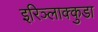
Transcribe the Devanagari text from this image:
इरिञ्लाक्कुडा